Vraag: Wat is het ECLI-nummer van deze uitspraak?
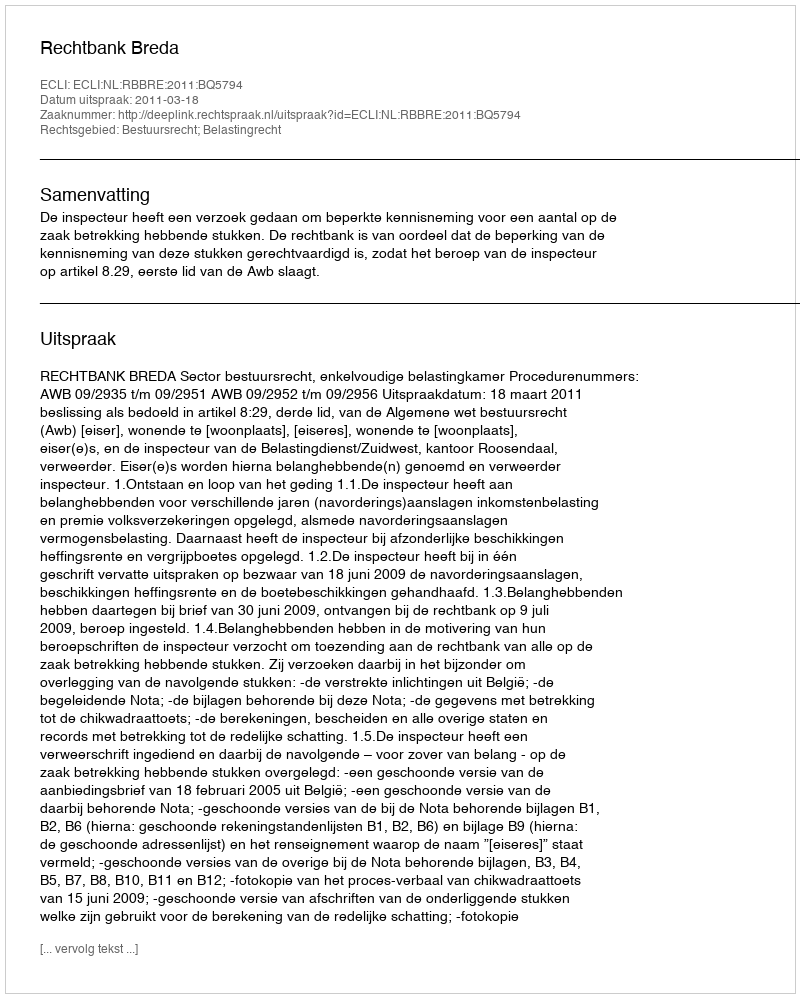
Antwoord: ECLI:NL:RBBRE:2011:BQ5794